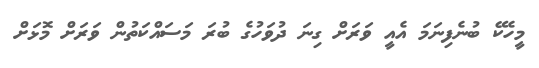
މީހެކޭ ބުނެފިނަމަ އެއީ ވަރަށް ގިނަ ދުވަހުގެ ބުރަ މަސައްކަތުން ވަރަށް މޮޅަށް